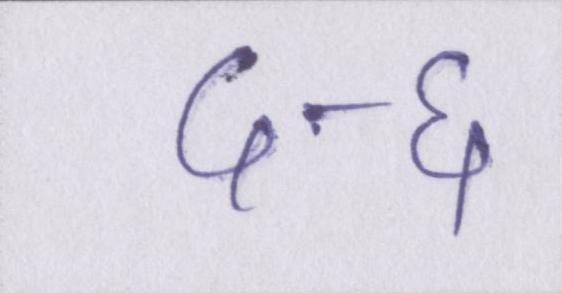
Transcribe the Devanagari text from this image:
५-६